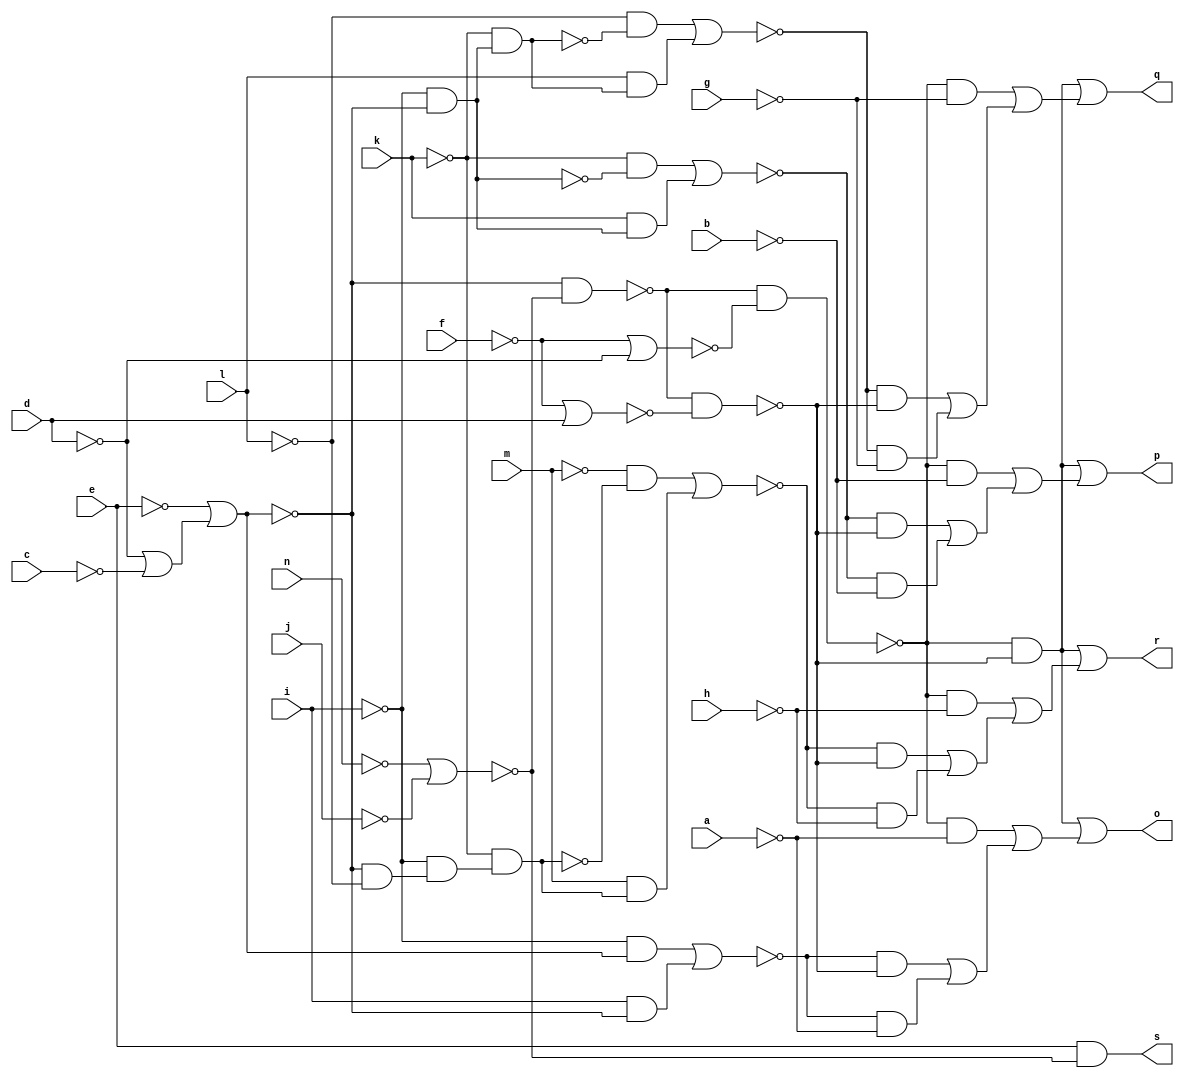
// IWLS benchmark module "CM162" printed on Wed May 29 16:07:20 2002
module CM162(a, b, c, d, e, f, g, h, i, j, k, l, m, n, o, p, q, r, s);
input
  a,
  b,
  c,
  d,
  e,
  f,
  g,
  h,
  i,
  j,
  k,
  l,
  m,
  n;
output
  o,
  p,
  q,
  r,
  s;
wire
  o0,
  d0,
  p0,
  e0,
  q0,
  f0,
  r0,
  g0,
  s0,
  \[0] ,
  \[1] ,
  j0,
  \[2] ,
  k0,
  \[3] ,
  l0,
  \[4] ,
  m0,
  n0;
assign
  o0 = ~l0 & ~n0,
  d0 = ~o0 & ~j0,
  p0 = (~l & ~r0) | (l & r0),
  e0 = (~i & l0) | (i & ~l0),
  q0 = (~m & ~s0) | (m & s0),
  f0 = ~o0 & ~k0,
  r0 = ~k & (~i & ~l0),
  g0 = (~k & ~m0) | (k & m0),
  s0 = ~k & (~i & (~l0 & ~l)),
  \[0]  = (~f0 & ~d0) | ((~f0 & ~a) | ((~e0 & ~d0) | (~e0 & ~a))),
  \[1]  = (~f0 & ~d0) | ((~f0 & ~b) | ((~g0 & ~d0) | (~g0 & ~b))),
  o = \[0] ,
  p = \[1] ,
  q = \[2] ,
  r = \[3] ,
  s = \[4] ,
  j0 = ~f | d,
  \[2]  = (~f0 & ~d0) | ((~f0 & ~g) | ((~p0 & ~d0) | (~p0 & ~g))),
  k0 = ~f | ~d,
  \[3]  = (~f0 & ~d0) | ((~f0 & ~h) | ((~q0 & ~d0) | (~q0 & ~h))),
  l0 = ~e | (~d | ~c),
  \[4]  = e & ~n0,
  m0 = ~l0 & ~i,
  n0 = ~n | ~j;
endmodule